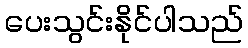
ပေးသွင်းနိုင်ပါသည်